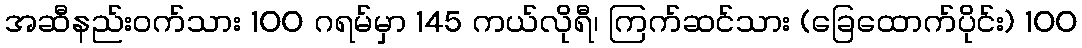
အဆီနည်း၀က်သား 100 ဂရမ်မှာ 145 ကယ်လိုရီ၊ ကြက်ဆင်သား (ခြေထောက်ပိုင်း) 100